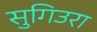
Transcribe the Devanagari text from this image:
सुगिउरा